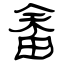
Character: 畬